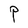
Character: P